Vaccine operations Central Provinces & Berar 1922-1929 - 1922-1929
Year: 1922
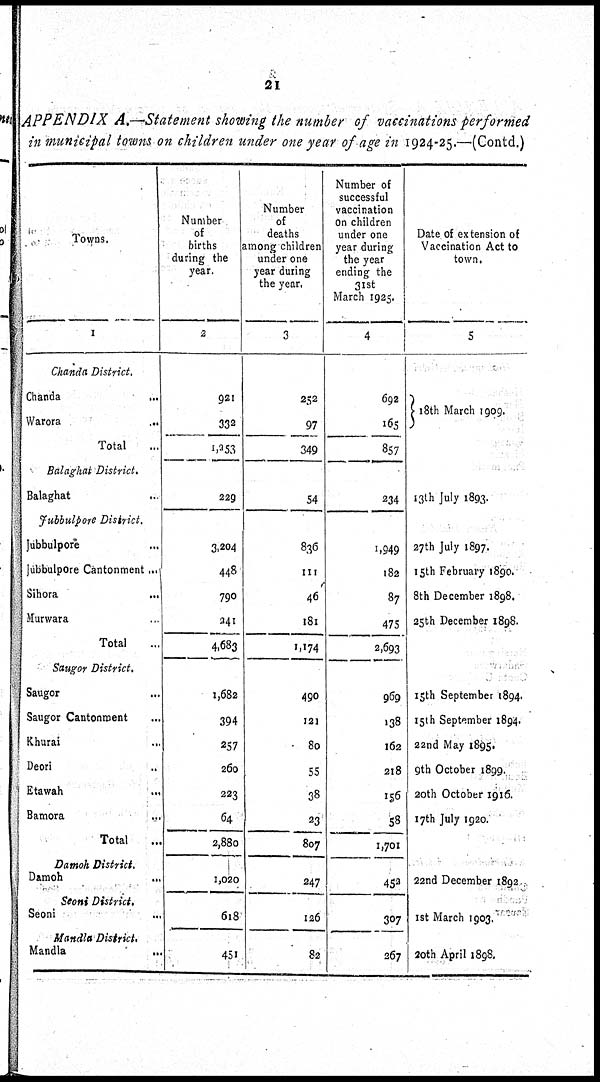
21
APPENDIX A.—Statement showing the number of vaccinations performed
in municipal towns on children under one year of age in 1924-25.—(Contd.)
Towns.
1
Chanda District.
Chanda
...
Warora
...
Total ...
Balaghat District.
Balaghat ...
Jubbulpore District.
Jubbulpore ...
Jubbulpore Cantonment ...
Sihora
...
Murwara ...
Total ...
Saugor District.
Saugor ...
Saugor Cantonment ...
Khurai ...
Deori ...
Etawah ...
Bamora ...
Total ...
Damoh District.
Damoh
...
Seoni District.
Seoni ...
Mandla District.
Mandla
...
Number
of
births
during the
year.
2
921
332
1,253
229
3,204
448
790
241
4,683
1,682
394
257
260
223
64
2,880
1,020
618
451
Number
of
deaths
among children
under one
year during
the year.
3
252
97
349
54
836
111
46
181
1,174
490
121
80
55
38
23
807
247
126
82
Number of
successful
vaccination
on children
under one
year during
the year
ending the
31st
March 1925.
4
692
165
857
234
1,949
182
87
475
2,693
969
138
162
218
156
58
1,701
452
307
267
Date of extension of
Vaccination Act to
town.
5
18th March 1909.
13th July 1893.
27th July 1897.
15th February 1890.
8th December 1898.
25th December 1898.
15th September 1894.
15th September 1894.
22nd May 1895.
9th October 1899.
20th October 1916.
17th July 1920.
22nd December 1892
1st March 1903.
20th April 1898.